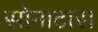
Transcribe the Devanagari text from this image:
सोनाटास